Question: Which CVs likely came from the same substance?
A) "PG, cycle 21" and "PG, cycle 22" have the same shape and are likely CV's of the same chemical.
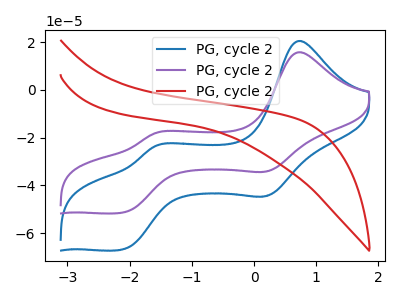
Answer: <think>The blue curve "PG, cycle 21" has anodic peaks at (0.75V, 20.50uA) (-1.60V, -23.55uA) and cathodic peaks at (0.20V, -44.20uA) (-2.10V, -66.85uA). The purple curve "PG, cycle 22" has anodic peaks at (0.75V, 15.75uA) (-1.60V, -18.10uA) and cathodic peaks at (0.20V, -34.00uA) (-2.10V, -51.40uA). The red curve "PG, cycle 23" has no peaks.
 All the peaks in "PG, cycle 21" have a peak in "PG, cycle 22" at the same potential. "PG, cycle 21" and "PG, cycle 23" have a different number of peaks. "PG, cycle 22" and "PG, cycle 23" have a different number of peaks.</think>
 <answer>A) "PG, cycle 21" and "PG, cycle 22" have the same shape and are likely CV's of the same chemical.</answer>
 <eval>A</eval>